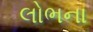
લોભના